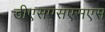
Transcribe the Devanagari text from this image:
डीएसएसएसएस